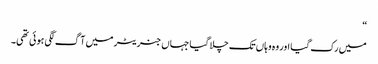
“
میں رک گیا اور وہ وہاں تک چلا گیا جہاں جنریٹر میں آگ لگی ہوئی تھی۔